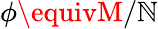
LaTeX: \phi\equivM/\mathbb{N}